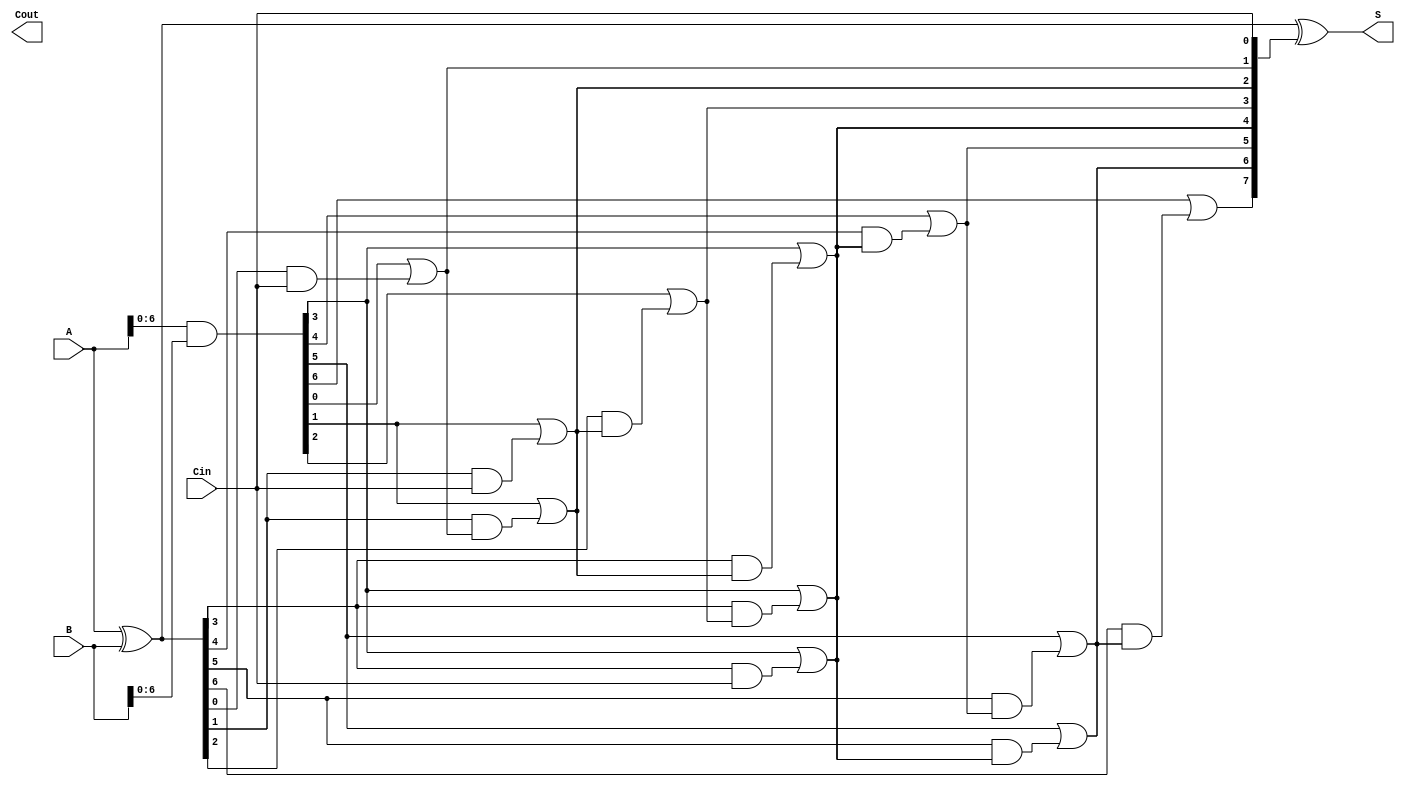
module ParallelPrefixAdder #(parameter n = 8) (
    input  [n-1:0] A,    // First operand
    input  [n-1:0] B,    // Second operand
    input          Cin,   // Carry-in
    output [n-1:0] S,     // Sum output
    output         Cout    // Carry-out
);
    
    wire [n-1:0] G; // Generate signals
    wire [n-1:0] P; // Propagate signals
    wire [n:0] C;   // Carry signals

    // Generate and Propagate signals
    assign G = A & B;          // G[i] = A[i] & B[i]
    assign P = A ^ B;          // P[i] = A[i] ^ B[i]

    // Carry signals computation using Kogge-Stone method
    assign C[0] = Cin;         // Initial carry-in

    // Level 1
    genvar i;
    generate
        for (i = 0; i < n-1; i = i + 1) begin : level1
            assign C[i+1] = G[i] | (P[i] & C[i]);
        end
    endgenerate

    // Level 2
    generate
        for (i = 0; i < n-2; i = i + 2) begin : level2
            assign C[i+2] = G[i+1] | (P[i+1] & C[i]);
        end
    endgenerate

    // Level 3 (if n > 4)
    generate
        for (i = 0; i < n-4; i = i + 4) begin : level3
            assign C[i+4] = G[i+3] | (P[i+3] & C[i]);
        end
    endgenerate

    // Level 4 (if n > 8)
    generate
        for (i = 0; i < n-8; i = i + 8) begin : level4
            assign C[i+8] = G[i+7] | (P[i+7] & C[i]);
        end
    endgenerate

    // Sum calculation
    assign S = P ^ C[n-1:0]; // S[i] = P[i] ^ C[i]

    // Final carry-out
    assign Cout = C[n];

endmodule